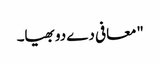
"معافی دے دو بھیا۔